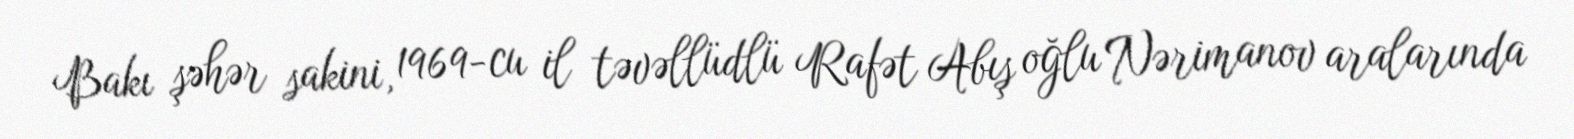
Bakı şəhər sakini, 1969-cu il təvəllüdlü Rafət Abış oğlu Nərimanov aralarında